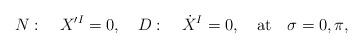
LaTeX: \begin{align*}N:\quad X^{\prime I}=0,\quad D:\quad \dot X^I=0,\quad \mbox{at} \quad \sigma=0,\pi,\end{align*}